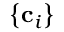
\left\{ \mathbf { c } _ { i } \right\}